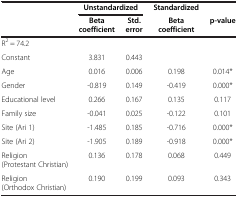
<table><thead><tr><td><b> </b></td><td colspan="2"><b>Unstandardized</b></td><td><b>Standardized</b></td><td><b> </b></td></tr><tr><td><b> </b></td><td><b>Beta coefficient</b></td><td><b>Std. error</b></td><td><b>Beta coefficient</b></td><td><b>p-value</b></td></tr></thead><tbody><tr><td>R<sup>2</sup> = 74.2</td><td> </td><td> </td><td> </td><td> </td></tr><tr><td>Constant</td><td>3.831</td><td>0.443</td><td> </td><td> </td></tr><tr><td>Age</td><td>0.016</td><td>0.006</td><td>0.198</td><td>0.014*</td></tr><tr><td>Gender</td><td>-0.819</td><td>0.149</td><td>-0.419</td><td>0.000*</td></tr><tr><td>Educational level</td><td>0.266</td><td>0.167</td><td>0.135</td><td>0.117</td></tr><tr><td>Family size</td><td>-0.041</td><td>0.025</td><td>-0.122</td><td>0.101</td></tr><tr><td>Site (Ari 1)</td><td>-1.485</td><td>0.185</td><td>-0.716</td><td>0.000*</td></tr><tr><td>Site (Ari 2)</td><td>-1.905</td><td>0.189</td><td>-0.918</td><td>0.000*</td></tr><tr><td>Religion (Protestant Christian)</td><td>0.136</td><td>0.178</td><td>0.068</td><td>0.449</td></tr><tr><td>Religion (Orthodox Christian)</td><td>0.190</td><td>0.199</td><td>0.093</td><td>0.343</td></tr></tbody></table>